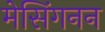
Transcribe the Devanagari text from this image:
मेसिंगनन